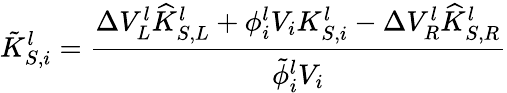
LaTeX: \tilde{K}_{S,i}^{l}=\frac{\Delta V_{L}^{l}\widehat{K}_{S,L}^{l}+\phi_{i}^{l}V_{i}K_{S,i}^{l}-\Delta V_{R}^{l}\widehat{K}_{S,R}^{l}}{\tilde{\phi}_{i}^{l}V_{i}}